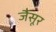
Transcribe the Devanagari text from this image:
जैसूर